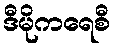
ဒီမိုကရေစီ